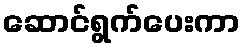
ဆောင်ရွက်ပေးကာ